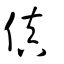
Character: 傎